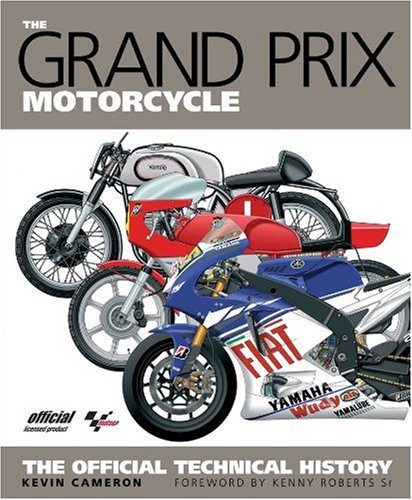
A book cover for The Grand Prix Motorcycle: The Official History; Kevin Cameron; Sports & Outdoors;